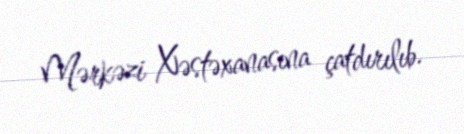
Mərkəzi Xəstəxanasına çatdırılıb.